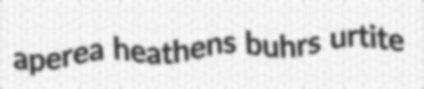
aperea heathens buhrs urtite